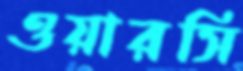
ওয়ারসি